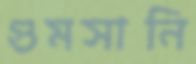
গুমসানি